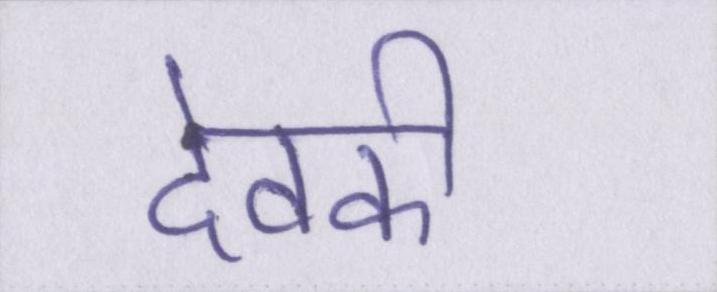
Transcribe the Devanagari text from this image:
देवकी